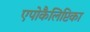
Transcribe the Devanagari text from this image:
एपोकैलिप्टिका